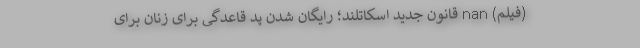
(فیلم) nan قانون جدید اسکاتلند؛ رایگان شدن پد قاعدگی برای زنان برای